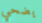
يضحي